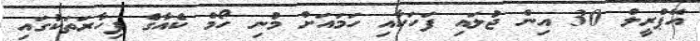
އޭޕްރީލް 30 އިން ޖުލައި ފަހަކާއި ހަމައަށް މުނި ހޯމް ކެއާގެ ފިހާރަތަކުގައި